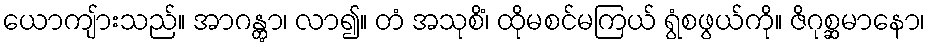
ယောကျ်ားသည်။ အာဂန္တွာ၊ လာ၍။ တံ အသုစိံ၊ ထိုမစင်မကြယ် ရွံစဖွယ်ကို။ ဇိဂုစ္ဆမာနော၊